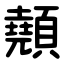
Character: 顤